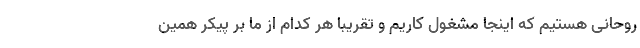
روحانی هستیم که اینجا مشغول کاریم و تقریبا هر کدام از ما بر پیکر همین